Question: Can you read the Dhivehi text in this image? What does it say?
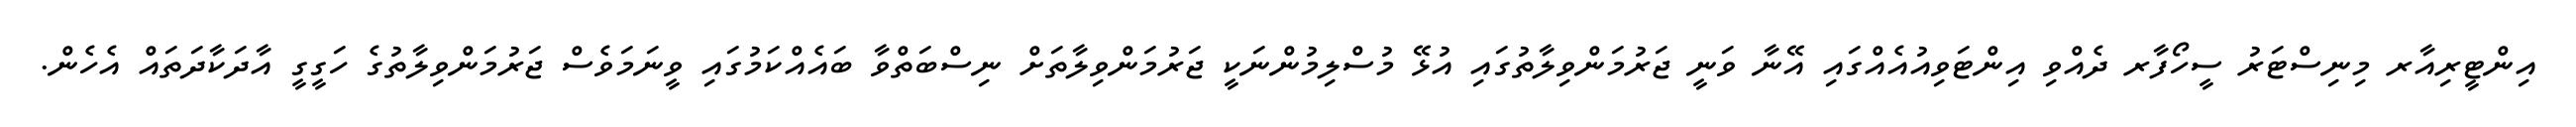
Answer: އިންޓީރިއާރ މިނިސްޓަރު ސީހޯފާރ ދެއްވި އިންޓަވިއުއެއްގައި އޭނާ ވަނީ ޖަރުމަންވިލާތުގައި އުޅޭ މުސްލިމުންނަކީ ޖަރުމަންވިލާތަށް ނިސްބަތްވާ ބައެއްކަމުގައި ވީނަމަވެސް ޖަރުމަންވިލާތުގެ ހަގީގީ އާދަކާދަތައް އެހެން.